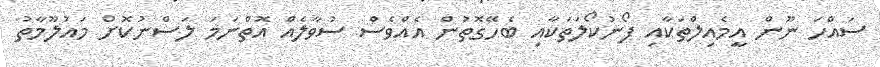
ސައްހަ ނޫން އީމެއިލްތަކާއި ފޯނުކޯލަތަކާއި ބެހޭގޮތުން އެއްވެސް ސުވާލެއް އޮތްނަމަ ލަސްނުކޮށް މައުލޫމާތު